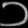
Digit: ၁